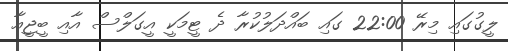
ލީގުގައި މިރޭ 22:00 ގައި ބައްދަލުކުރާ ދެ ޓީމަކީ އީގަލްސް އާއި ބީޖީއާ